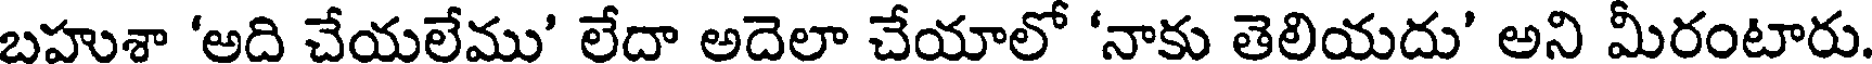
బహుశా 'అది చేయలేము' లేదా అదెలా చేయాలో 'నాకు తెలియదు' అని మీరంటారు